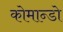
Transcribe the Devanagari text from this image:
कोमान्डो